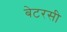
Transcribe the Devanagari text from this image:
बेटरसी